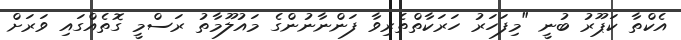
އެކްތާ ކަޕޫރު ބުނީ "މިފަހަރު ހަރަކާތްތެރިވާ ފަންނާނުންގެ މައުލޫމާތު ރަސްމީ ގޮތެއްގައި ވަރަށް